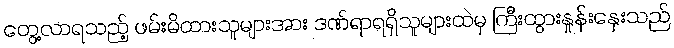
တွေ့လာရသည့် ဖမ်းမိထားသူများအား ဒဏ်ရာရရှိသူများထဲမှ ကြီးထွားနှုန်းနှေးသည်